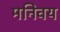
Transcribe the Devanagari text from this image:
मनिवय